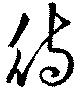
待